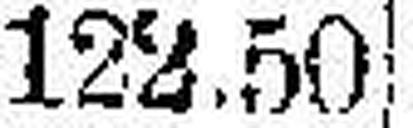
122.50